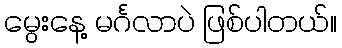
မွေးနေ့ မင်္ဂလာပဲ ဖြစ်ပါတယ်။